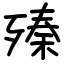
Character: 殝